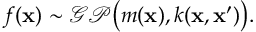
f ( \mathbf { x } ) \sim \mathcal { G P } \big ( m ( \mathbf { x } ) , k ( \mathbf { x } , \mathbf { x ^ { \prime } } ) \big ) .